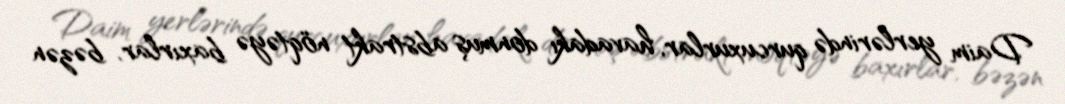
Daim yerlərində qurcuxurlar, havadakı donmuş abstrakt nöqtəyə baxırlar, bəzən